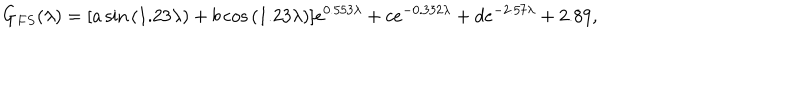
G _ { F S } ( \lambda ) = [ a \sin { ( 1 . 2 3 \lambda ) } + b \cos { ( 1 . 2 3 \lambda ) } ] e ^ { 0 . 5 5 3 \lambda } + c e ^ { - 0 . 3 3 2 \lambda } + d e ^ { - 2 . 5 7 \lambda } + 2 . 8 9 ,